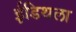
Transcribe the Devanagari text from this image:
ईडिथला